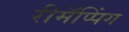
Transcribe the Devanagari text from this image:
रीमॅप्पिंग